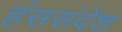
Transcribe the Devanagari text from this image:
हंससंदेश